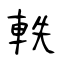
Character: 軼